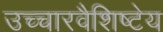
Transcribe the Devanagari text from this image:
उच्चारवैशिष्टेय